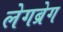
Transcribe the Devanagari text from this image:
लेगब्रेग